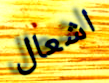
اشعال